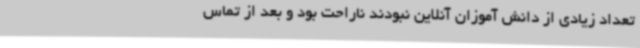
تعداد زیادی از دانش آموزان آنلاین نبودند ناراحت بود و بعد از تماس